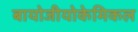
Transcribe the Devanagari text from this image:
बायोजीयोकेमिकल